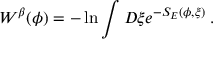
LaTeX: W ^ { \beta } ( \phi ) = - \ln \int D \xi e ^ { - S _ { E } ( \phi , \xi ) } \: .